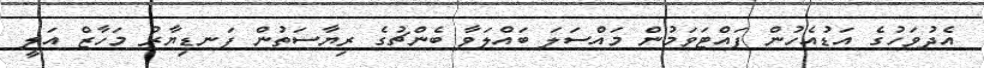
އެދުވަހުގެ އަޑުއެހުން ފައްޓަވަމުން މައްސަލަ ބައްލަވާ ބެންޗުގެ ރިޔާސަތުން ފަނޑިޔާރު މަހާޒް އަލީ